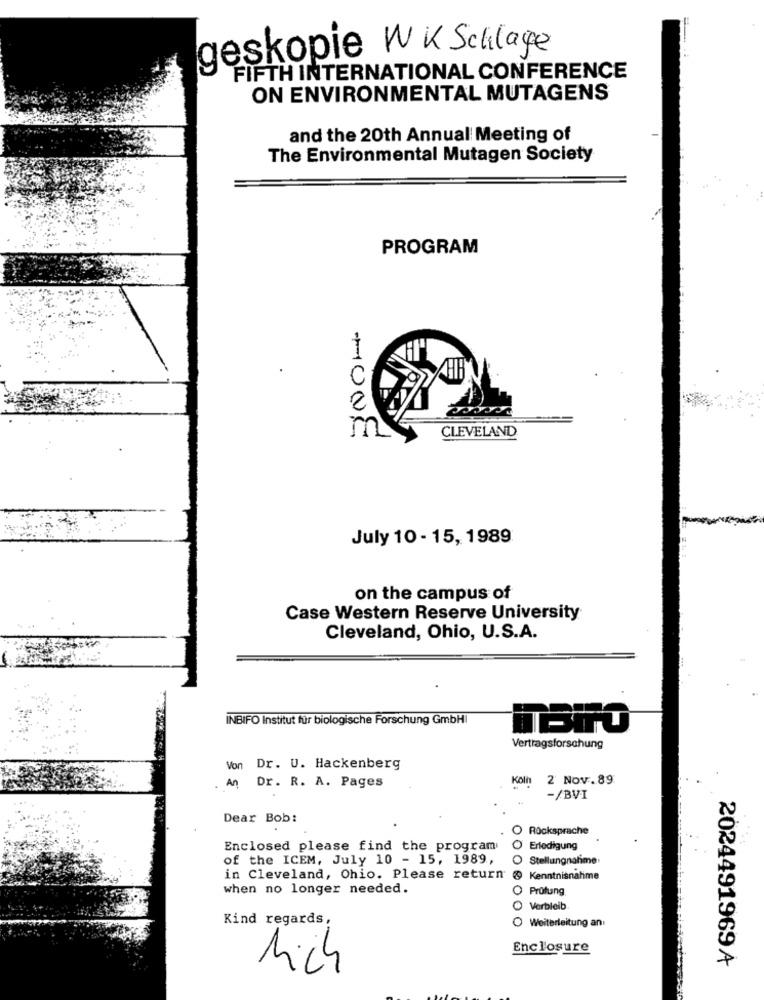
geskopie WK Schlage
FIFTH INTERNATIONAL CONFERENCE
ON ENVIRONMENTAL MUTAGENS
and the 20th Annual Meeting of
The Environmental Mutagen Society
PROGRAM
C
2
CLEVELAND
m
July 10 - 15, 1989
on the campus of
Case Western Reserve University
Cleveland, Ohio, U.S.A.
INBIFO Institut für biologische Forschung GmbHI
Vertragsforschung
Von Dr. U. Hackenberg
An Dr. R. A. Pages
Köln 2 Nov.89
-/BVI
Dear Bob:
Rocksprache
Enclosed please find the program
Erledigung
of the ICEM, July 10 - 15, 1989,
O
Stellungnahme
in Cleveland, Ohio. Please return
@ Kenntnisnahme
when no longer needed.
O Prüfung
Verbleib
Kind regards,
O Weiterleitung an:
Enclosure
2024491969 A
ich